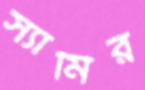
স্যামির